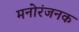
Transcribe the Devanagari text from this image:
मनोरंजनक